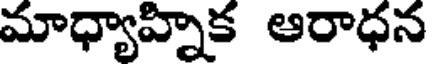
మాధ్యాహ్నిక ఆరాధన